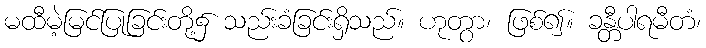
မထီမဲ့မြင်ပြုခြင်းတို့၌ သည်းခံခြင်းရှိသည်။ ဟုတွာ၊ ဖြစ်၍။ ခန္တီပါရမီတံ၊